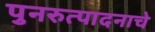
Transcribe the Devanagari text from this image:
पुनरुत्पादनाचे